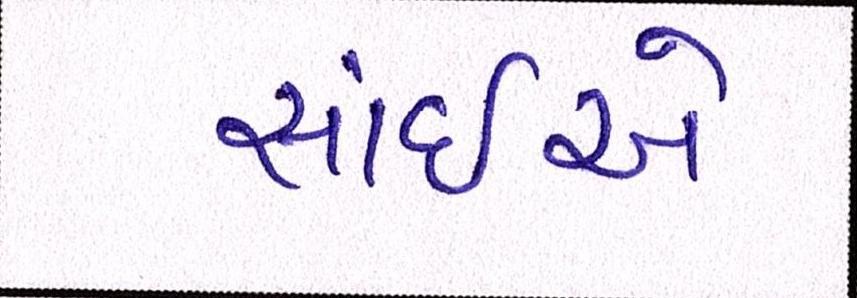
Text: સાંઈએ